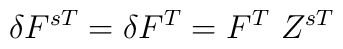
\delta F^{sT} = \delta F^{T} = F^{T}~Z^{sT}